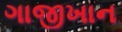
ગાજીખાન